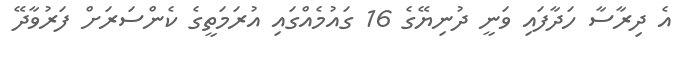
އެ ދިރާސާ ހަދާފައި ވަނީ ދުނިޔޭގެ 16 ގައުމެއްގައި އުރަމަތީގެ ކެންސަރަށް ފަރުވާދޭ